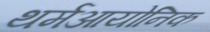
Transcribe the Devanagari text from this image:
थर्मआयोनिक